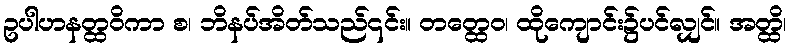
ဥပါဟနတ္ထဝိကာ စ၊ ဘိနပ်အိတ်သည်၎င်း။ တတ္ထေဝ၊ ထိုကျောင်း၌ပင်လျှင်။ အတ္ထိ၊